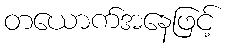
တယောက်အနေဖြင့်